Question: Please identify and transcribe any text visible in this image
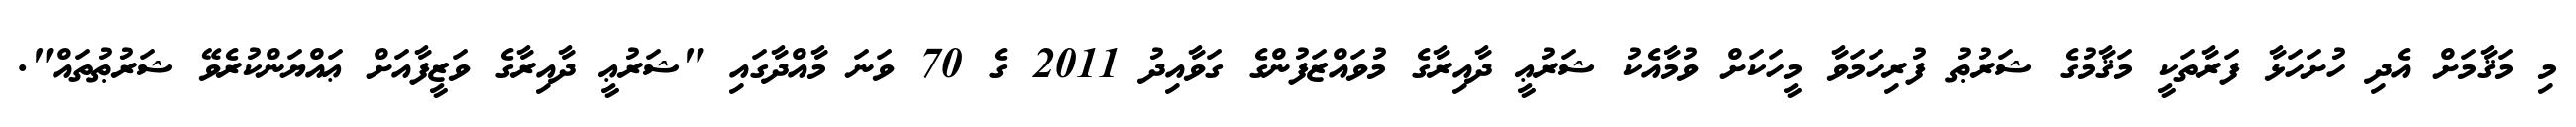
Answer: މި މަޤާމަށް އެދި ހުށަހަޅާ ފަރާތަކީ މަޤާމުގެ ޝަރުޠު ފުރިހަމަވާ މީހަކަށް ވުމާއެކު ޝަރުޢީ ދާއިރާގެ މުވައްޒަފުންގެ ގަވާއިދު 2011 ގެ 70 ވަނަ މާއްދާގައި "ޝަރުޢީ ދާއިރާގެ ވަޒީފާއަށް ޢައްޔަންކުރެވޭ ޝަރުޠުތައް".